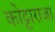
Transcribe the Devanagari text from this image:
कोट्टाराजा